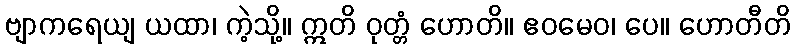
ဗျာကရေယျ ယထာ၊ ကဲ့သို့။ ဣတိ ဝုတ္တံ ဟောတိ။ ဧဝမေဝ၊ ပေ။ ဟောတီတိ